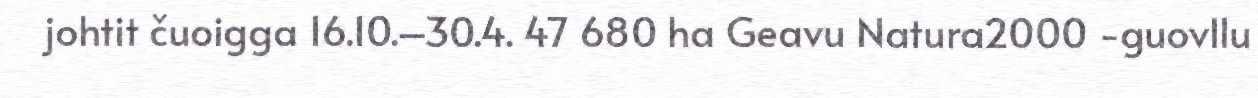
johtit čuoigga 16.10.–30.4. 47 680 ha Geavu Natura2000 -guovllu